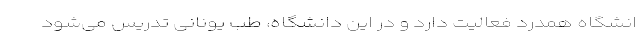
انشگاه همدرد فعالیت دارد و در این دانشگاه، طب یونانی تدریس می‌شود